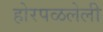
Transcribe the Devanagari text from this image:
होरपळलेली